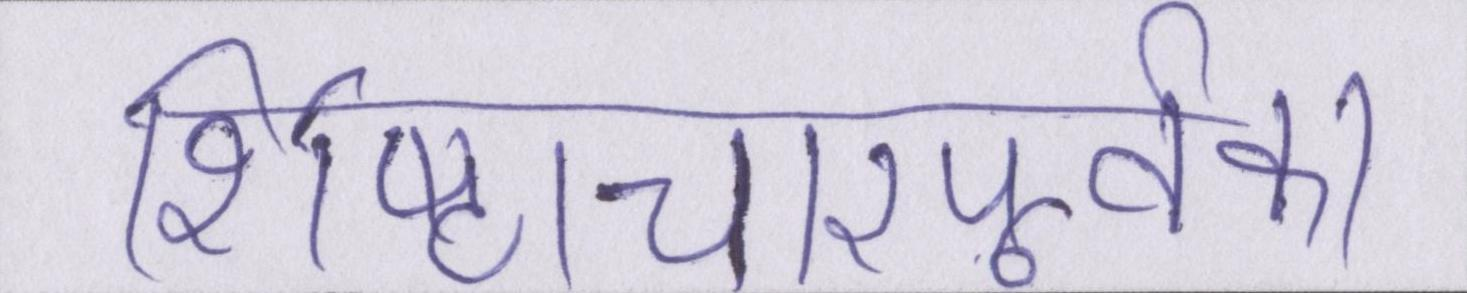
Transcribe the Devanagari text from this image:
शिष्टाचारपूर्वक।